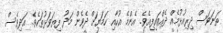
ތަނަވަސް ދިރިއުޅުމެއް ދެއްވައިފިއެވެ. އެންމެ އުހާއި ހަމަޔަށް ދެވެން މަދު ފިޔަވަޅުތަކެވެ. އަދިވެސް